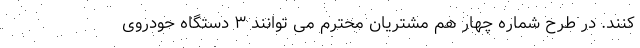
کنند. در طرح شماره چهار هم مشتریان محترم می توانند ۳ دستگاه حودروی